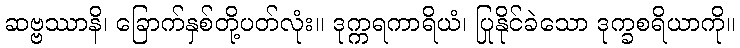
ဆဗ္ဗဿာနိ၊ ခြောက်နှစ်တို့ပတ်လုံး။ ဒုက္ကရကာရိယံ၊ ပြုနိုင်ခဲသော ဒုက္ခစရိယာကို။